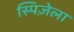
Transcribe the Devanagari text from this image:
स्पिज़ेला